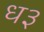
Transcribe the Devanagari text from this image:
ध३